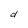
Character: d